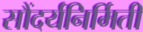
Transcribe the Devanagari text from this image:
सौंदर्यनिर्मिती